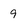
Character: 9